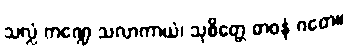
သလ္လံ ကဏ္ဍေ သလာကာယံ၊ သုစိတ္တေ ဓာဝနံ ဂတေ။